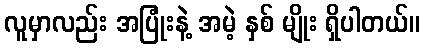
လူမှာလည်း အပြုံးနဲ့ အမဲ့ နှစ် မျိုး ရှိပါတယ်။